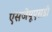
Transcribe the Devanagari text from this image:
एसजेयूएसडी